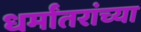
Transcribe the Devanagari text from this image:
धर्मांतरांच्या